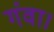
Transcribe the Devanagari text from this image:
गंवा।